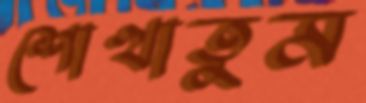
শোখাতুম